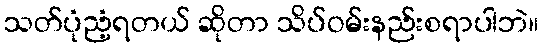
သတ်ပုံညံ့ရတယ် ဆိုတာ သိပ်ဝမ်းနည်းစရာပါဘဲ။